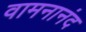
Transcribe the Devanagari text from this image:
वामनानंद